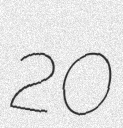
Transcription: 20